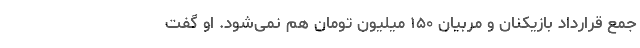
جمع قرارداد بازیکنان و مربیان ۱۵۰ میلیون تومان هم نمی‌شود. او گفت